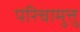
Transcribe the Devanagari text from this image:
परिचामुत्तु